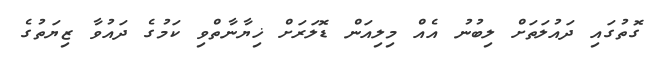
ގޮތުގައި ދައުލަތަށް ލިބުނު އެއް މިލިއަން ޑޮލަރަށް ޚިޔާނާތްވި ކަމުގެ ދައުވާ ޒިޔަތުގެ